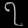
Digit: ၇